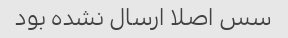
سس اصلا ارسال نشده بود